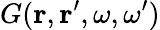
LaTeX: G({\mathbf r},{\mathbf r}^{\prime},\omega,\omega^{\prime})